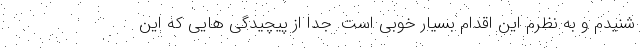
شنیدم و به نظرم این اقدام بسیار خوبی است. جدا از پیچیدگی هایی که این